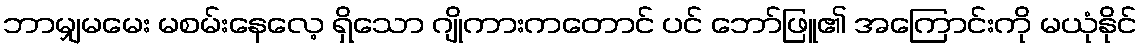
ဘာမျှမမေး မစမ်းနေလေ့ ရှိသော ဂျိုကားကတောင် ပင် ဘော်ဖြူ၏ အကြောင်းကို မယုံနိုင်